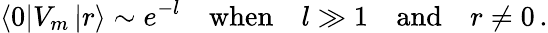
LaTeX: \left\langle 0\right|V_{m}\left|r\right\rangle\sim e^{-l}\quad\mathrm{when}\quad l\gg 1\quad\mathrm{and}\quad r\neq 0\, .